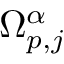
\Omega _ { p , j } ^ { \alpha }